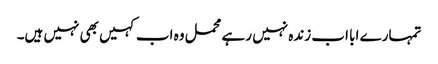
تمہارے ابا اب زندہ نہیں رہے محمل وہ اب کہیں بھی نہیں ہیں۔